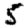
Digit: 5